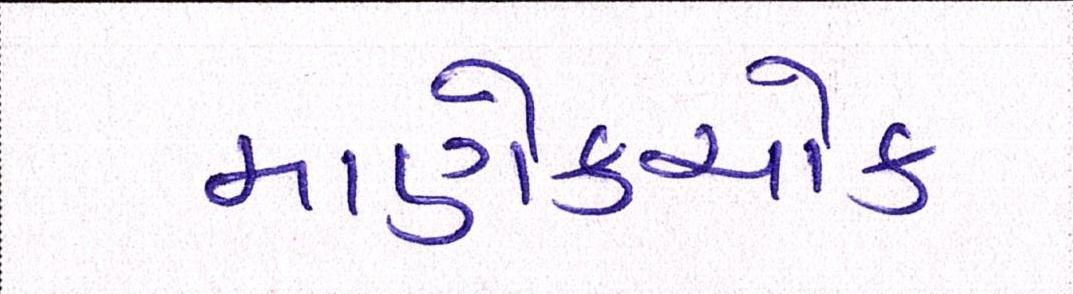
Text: માણેકચોક